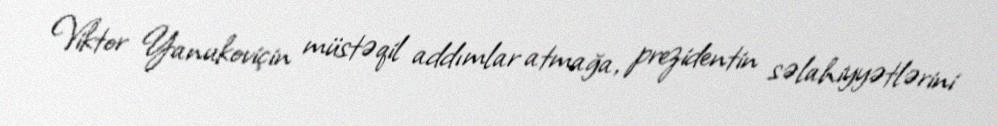
Viktor Yanukoviçin müstəqil addımlar atmağa, prezidentin səlahiyyətlərini